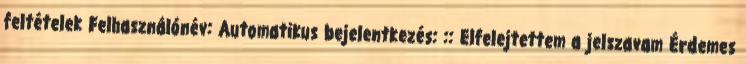
feltételek Felhasználónév: Automatikus bejelentkezés: :: Elfelejtettem a jelszavam Érdemes